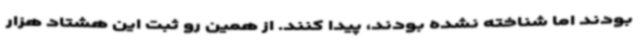
بودند اما شناخته نشده بودند، پیدا کنند. از همین رو ثبت این هشتاد هزار